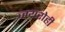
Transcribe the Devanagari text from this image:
जयरोही